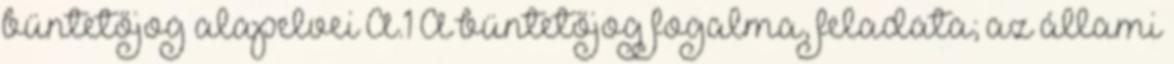
büntetőjog alapelvei A.1 A büntetőjog fogalma, feladata; az állami